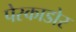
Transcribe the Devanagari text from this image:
पेस्काडोर